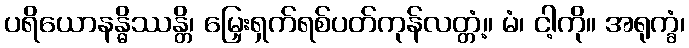
ပရိယောနန္ဓိဿန္တိ၊ မြှေးရှက်ရစ်ပတ်ကုန်လတ္တံ့။ မံ၊ ငါ့ကို။ အရုက္ခံ၊